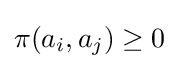
\pi (a_{i},a_{j})\geq 0